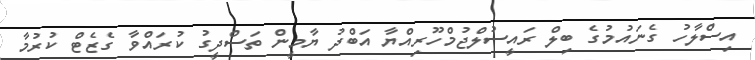
އިސްލާހު ގެނައުމުގެ ބިލް ރައީސުލްޖުމްހޫރިއްޔާ އަބްދު ޔާމީން ތަސްދީގު ކުރައްވާ ގެޒެޓް ކުރުމާ